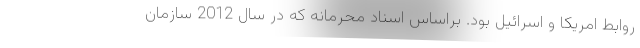
روابط امریکا و اسرائیل بود. براساس اسناد محرمانه که در سال 2012 سازمان